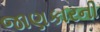
જાણકારની